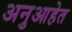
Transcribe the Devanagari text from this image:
अनुआहेत